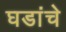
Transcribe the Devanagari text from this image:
घडांचे